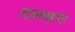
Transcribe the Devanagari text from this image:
तालमखाना